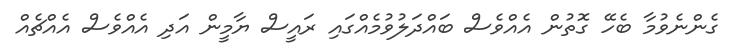
ގެންނެވުމާ ބެހޭ ގޮތުން އެއްވެސް ބައްދަލުވުމެއްގައި ރައީސް ޔާމީން އަދި އެއްވެސް އެއްޗެއް